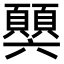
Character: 𩕧